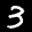
Label: 3